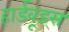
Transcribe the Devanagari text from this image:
हार्डवूड्स